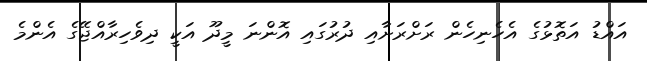
އައްޑު އަތޮޅުގެ އެހެނިހެން ރަށްރަށާއި ދުރުގައި އޮންނަ މީދޫ އަކީ ދިވެހިރާއްޖޭގެ އެންމެ